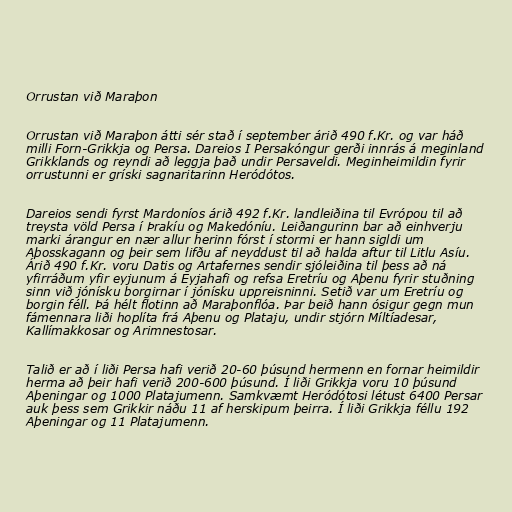
Orrustan við Maraþon

Orrustan við Maraþon átti sér stað í september árið 490 f.Kr. og var háð
milli Forn-Grikkja og Persa. Dareios I Persakóngur gerði innrás á meginland
Grikklands og reyndi að leggja það undir Persaveldi. Meginheimildin fyrir
orrustunni er gríski sagnaritarinn Heródótos.

Dareios sendi fyrst Mardoníos árið 492 f.Kr. landleiðina til Evrópou til að
treysta völd Persa í Þrakíu og Makedóníu. Leiðangurinn bar að einhverju
marki árangur en nær allur herinn fórst í stormi er hann sigldi um
Aþosskagann og þeir sem lifðu af neyddust til að halda aftur til Litlu Asíu.
Árið 490 f.Kr. voru Datis og Artafernes sendir sjóleiðina til þess að ná
yfirráðum yfir eyjunum á Eyjahafi og refsa Eretríu og Aþenu fyrir stuðning
sinn við jónísku borgirnar í jónísku uppreisninni. Setið var um Eretríu og
borgin féll. Þá hélt flotinn að Maraþonflóa. Þar beið hann ósigur gegn mun
fámennara liði hoplíta frá Aþenu og Plataju, undir stjórn Míltíadesar,
Kallímakkosar og Arimnestosar.

Talið er að í liði Persa hafi verið 20-60 þúsund hermenn en fornar heimildir
herma að þeir hafi verið 200-600 þúsund. Í liði Grikkja voru 10 þúsund
Aþeningar og 1000 Platajumenn. Samkvæmt Heródótosi létust 6400 Persar
auk þess sem Grikkir náðu 11 af herskipum þeirra. Í liði Grikkja féllu 192
Aþeningar og 11 Platajumenn.